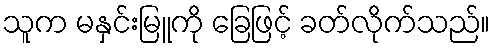
သူက မနှင်းမြူကို ခြေဖြင့် ခတ်လိုက်သည်။